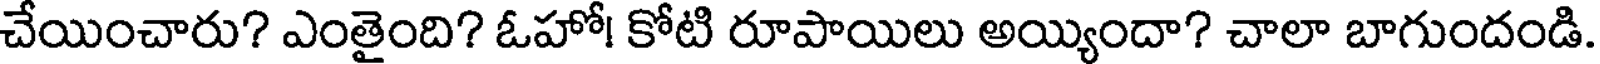
చేయించారు? ఎంతైంది? ఓహో! కోటి రూపాయిలు అయ్యిందా? చాలా బాగుందండి